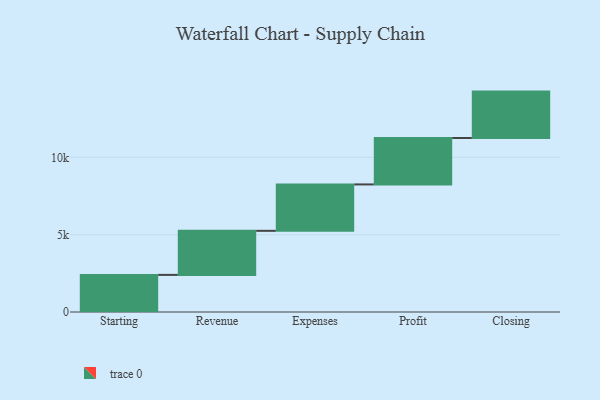
{"axis": {"x": "Step", "y": "Value"}, "legend": [""], "data": [{"x": "Starting", "y": 2399.0, "type": ""}, {"x": "Revenue", "y": 2848.0, "type": ""}, {"x": "Expenses", "y": 3000, "type": ""}, {"x": "Profit", "y": 3000, "type": ""}, {"x": "Closing", "y": 3000, "type": ""}]}